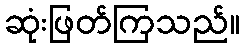
ဆုံးဖြတ်ကြသည်။